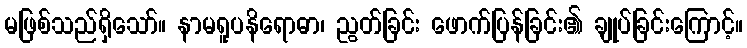
မဖြစ်သည်ရှိသော်။ နာမရူပနိရောဓာ၊ ညွတ်ခြင်း ဖောက်ပြန်ခြင်း၏ ချုပ်ခြင်းကြောင့်။